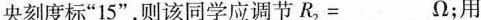
央刻度标”15”，则该同学应调节$$R_{2}=___Ω$$；用